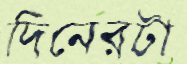
দিনেরটা